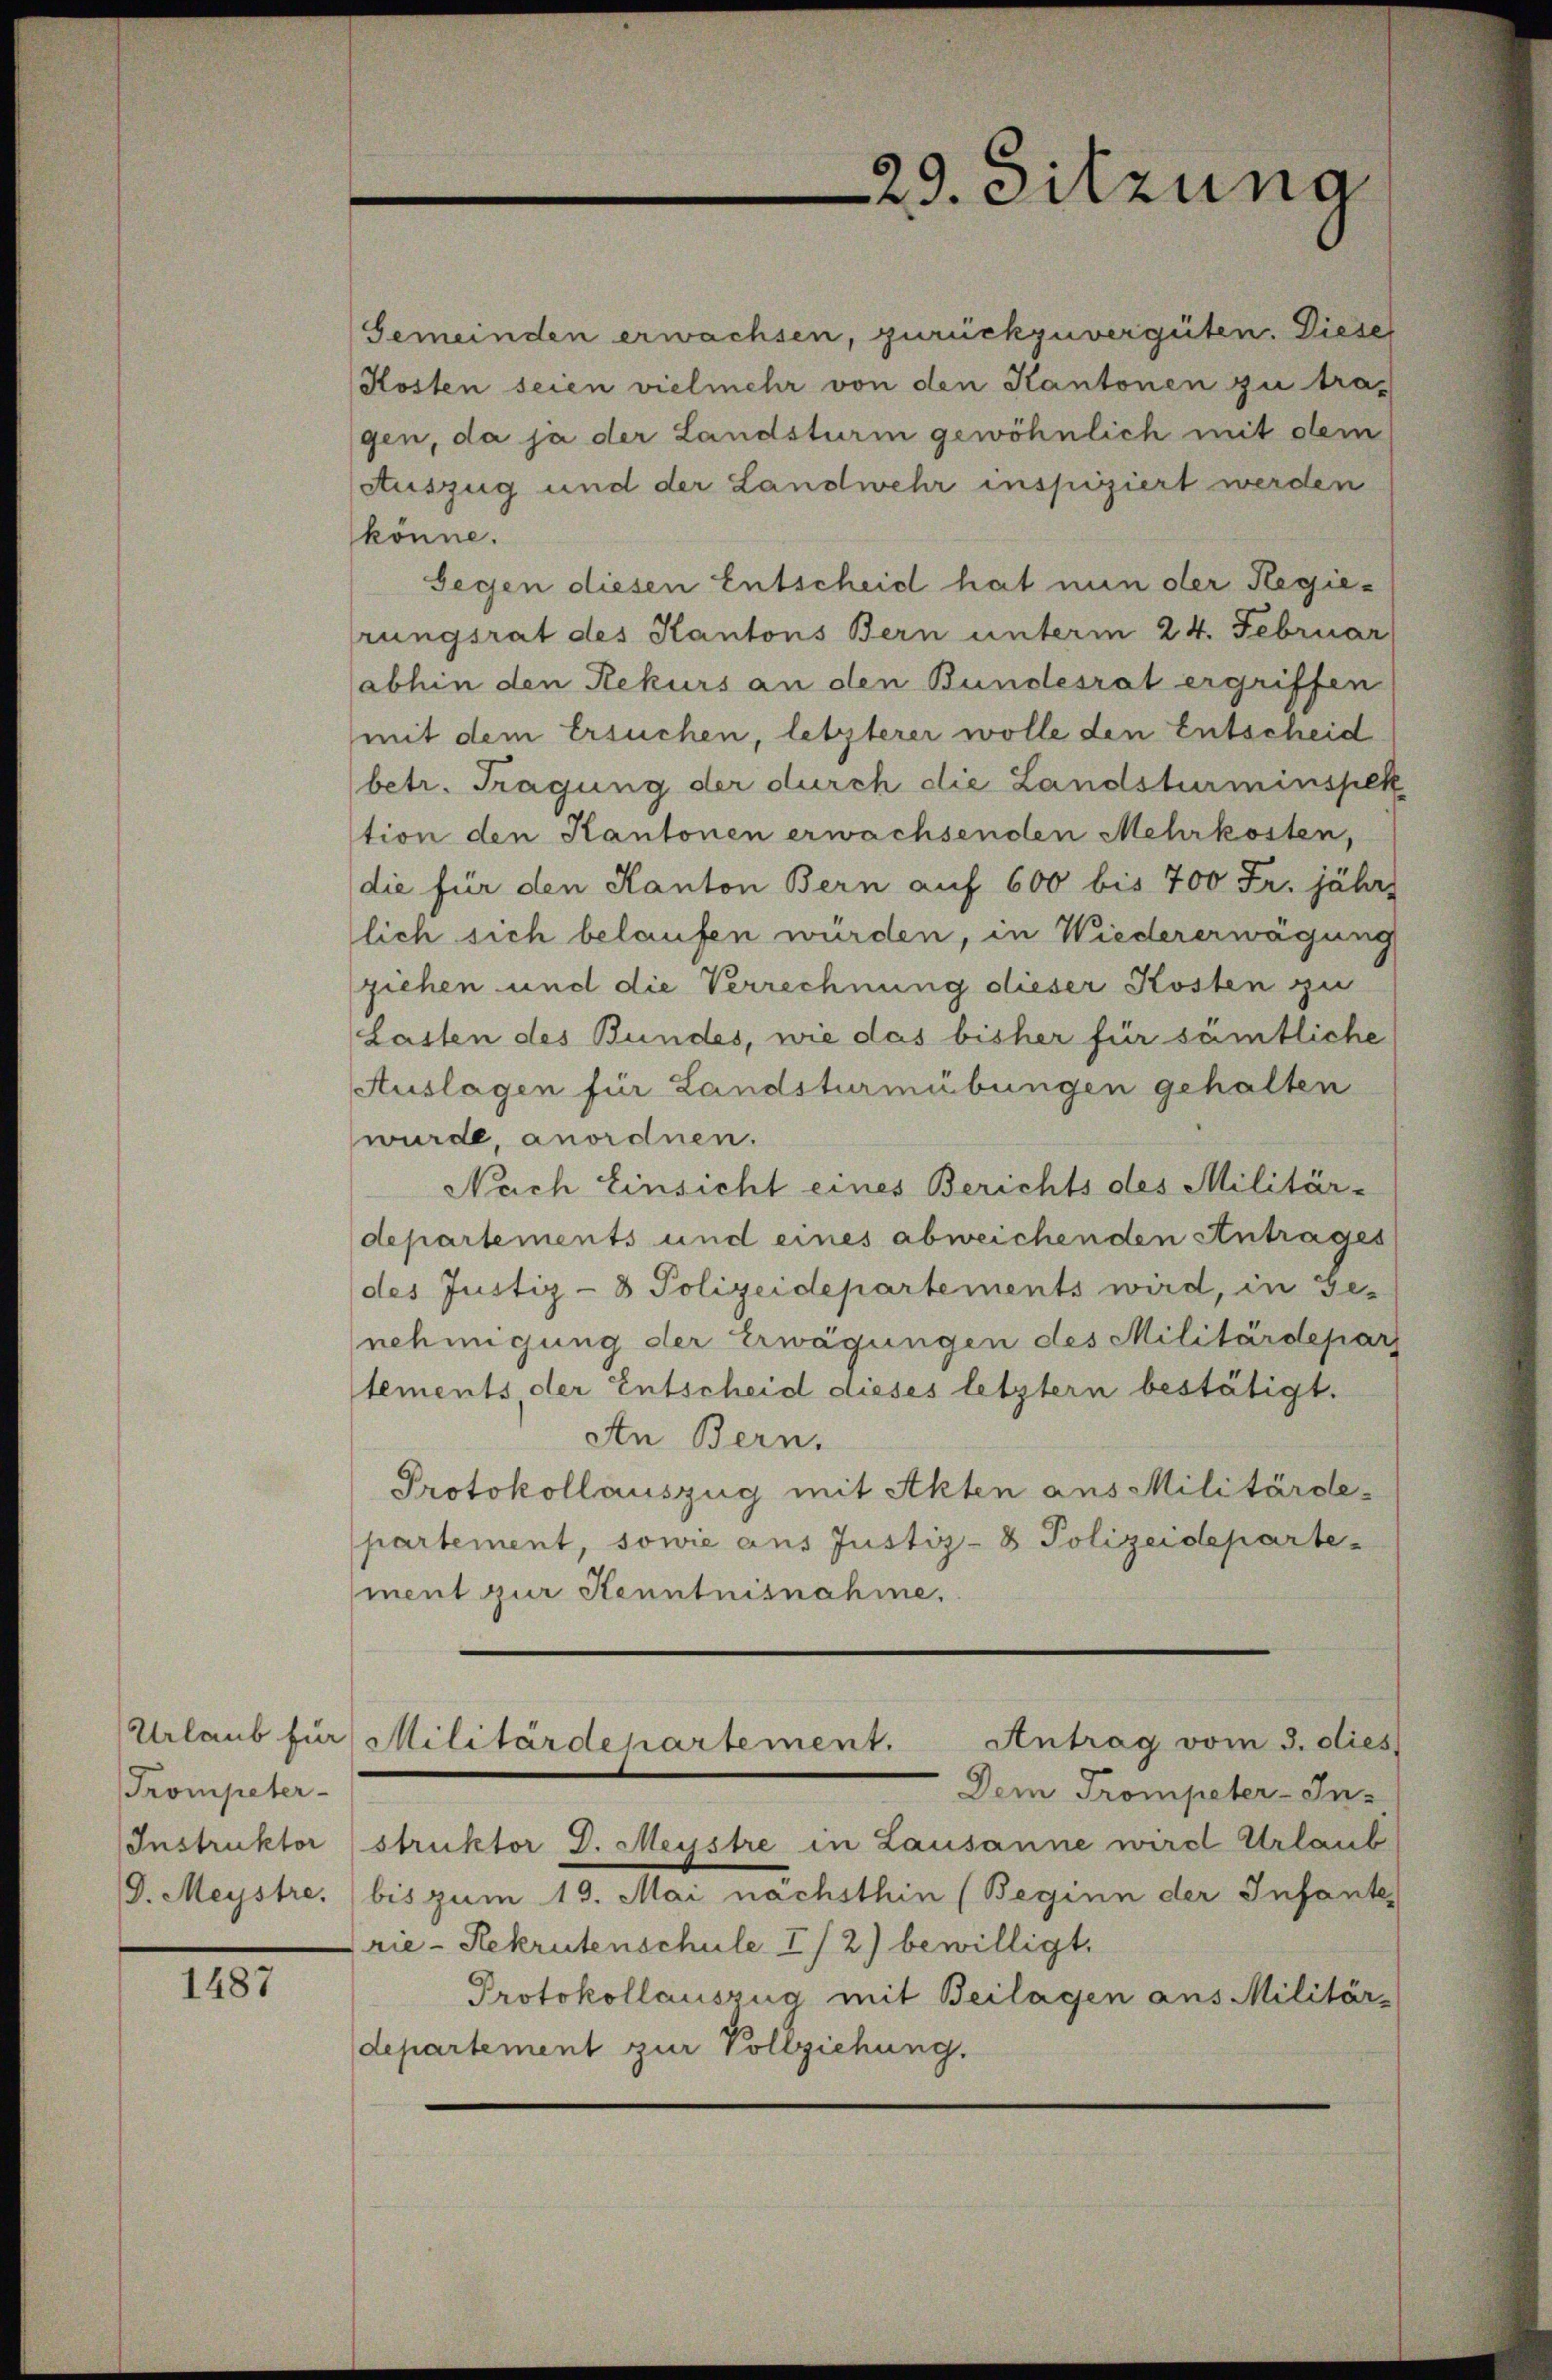
Trompeter-

1487

Gemeinden erwachsen, zurückzuvergüten. Dieser
Kosten seien vielmehr von den Kantonen zu tragen, da ja der Landsturm gewöhnlich mit dem
Auszug und der Landwehr inspiziert werden
könne.
Gegen diesen Entscheid hat nun der Regierungsrat des Kantons Bern unterm 24. Februar
(abhin den Rekurs an den Bundesrat ergriffen
mit dem Ersuchen, letzterer wolle den Entscheid
betr. Tragung der durch die Landsturminspek
tion den Kantonen erwachsenden Mehrkosten,
die für den Kanton Bern auf 600 bis 700 Fr. jähr
lich sich belaufen würden, in Wiedererwägung
ziehen und die Verrechnung dieser Kosten zu
Lasten des Bundes, wie das bisher für sämtliche
Auslagen für Landsturmübungen gehalten
wurde, anordnen.
Nach Einsicht eines Berichts des Militär-
departements und eines abweichenden Antrages
(des Justiz- & Polizeidepartements wird, in Ge-
nehmigung der Erwägungen des Militärdepar
tements, der Entscheid dieses letztern bestätigt.
An Bern.
Protokollauszug mit Akten aus Militärde-
partement, sowie aus Justiz- & Polizeideparte
ment zur Kenntnisnahme.
Urlaub für Militärdepartement. Antrag vom 3. dies
Dem Trompeter-In-
Instruktor (struktor D. Meystre in Lausanne wird Urlaub
G. Meystre, bis zum 19. Mai nächsthin (Beginn der Infante
Prie-Rekrutenschule I /2) bewilligt.
Protokollauszug mit Beilagen aus Militär-
departement zur Vollziehung.

29. Sitzung